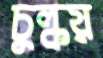
চুল্‌কয়